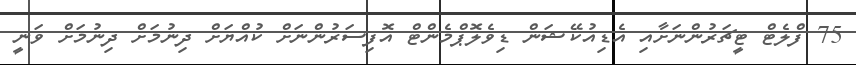
75 ފްލެޓް ޓީޗަރުންނަށާއި އެޑިއުކޭޝަން ޑިވެލޮޕްމެންޓް އޮފިސަރުންނަށް ކުއްޔަށް ދިނުމަށް ދިނުމަށް ވަނީ